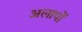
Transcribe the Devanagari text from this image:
अलापों